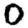
Digit: 0